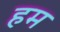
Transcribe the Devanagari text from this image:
हम